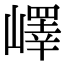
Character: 嶧